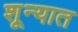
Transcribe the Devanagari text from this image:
शून्यात